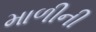
માળીની